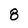
Character: 8